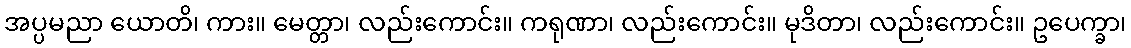
အပ္ပမညာ ယောတိ၊ ကား။ မေတ္တာ၊ လည်းကောင်း။ ကရုဏာ၊ လည်းကောင်း။ မုဒိတာ၊ လည်းကောင်း။ ဥပေက္ခာ၊